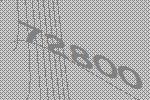
72800